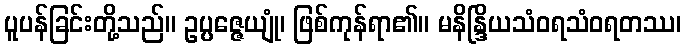
ပူပန်ခြင်းတို့သည်။ ဥပ္ပဇ္ဇေယျုံ၊ ဖြစ်ကုန်ရာ၏။ မနိန္ဒြိယသံဝရသံဝရတဿ၊